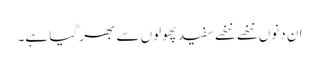
ان دنوں ننھے ننھے سفیدپھولوں سے بھر گیا ہے۔